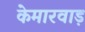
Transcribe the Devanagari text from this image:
केमारवाड़